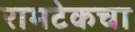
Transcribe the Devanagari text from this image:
रामटेकचा